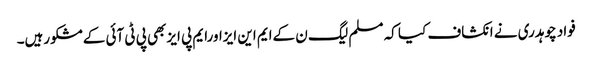
فواد چوہدری نے انکشاف کیا کہ مسلم لیگ ن کےایم این ایزاورایم پی ایزبھی پی ٹی آئی کےمشکورہیں۔